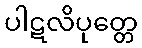
ပါဋလိပုတ္တေ